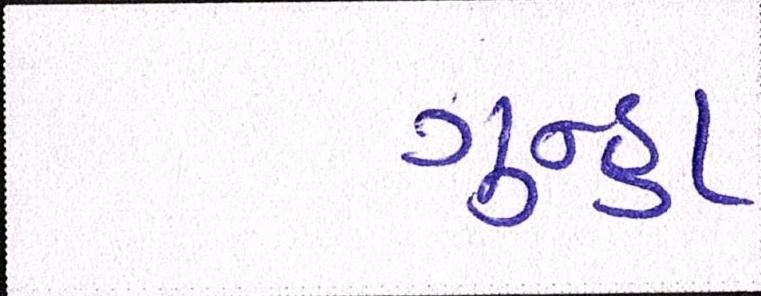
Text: ગુન્હા